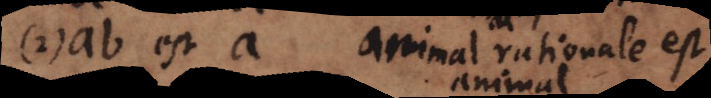
2) ab est a. Animal rationale est